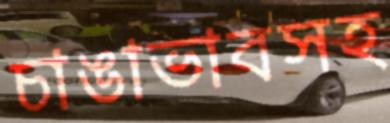
চাঙাভাবসহ